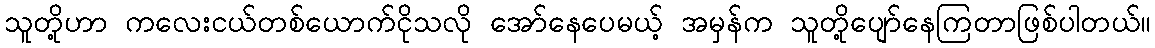
သူတို့ဟာ ကလေးငယ်တစ်ယောက်ငိုသလို အော်နေပေမယ့် အမှန်က သူတို့ပျော်နေကြတာဖြစ်ပါတယ်။